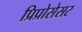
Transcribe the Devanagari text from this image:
प्रिप्रोसेसर